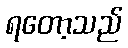
ရတော့သည်